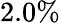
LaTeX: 2.0\%